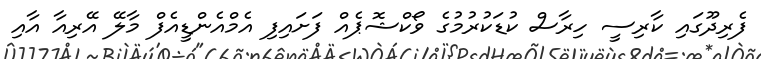
ފެރިދޫގައި ކާރިސީ ހިރާސް ކުޑަކުރުމުގެ ވޯކްޝޮޕެއް ފަށައިފި އެމްއެންޑީއެފް މާލޭ އޭރިއާ އާއި